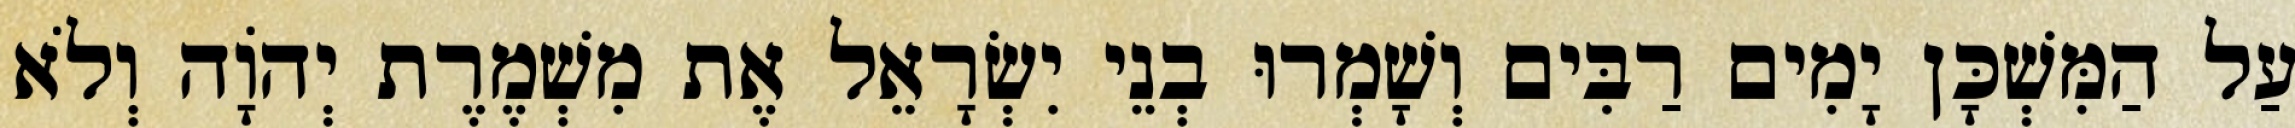
עַל הַמִּשְׁכָּן יָמִים רַבִּים וְשָׁמְרוּ בְנֵי יִשְׂרָאֵל אֶת מִשְׁמֶרֶת יְהוָֹה וְלֹא